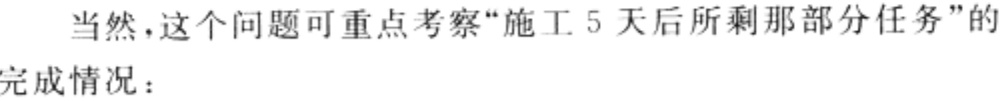
当然，这个问题可重点考察“施工 5 天后所剩那部分任务”的完成情况：